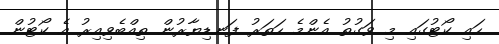
ހައި ކޯޓުގައި މި ވަގުތު އެންމެ ހަތަރު ފަނޑިޔާރުން ތިއްބެވިއިރު އެ ކޯޓުން